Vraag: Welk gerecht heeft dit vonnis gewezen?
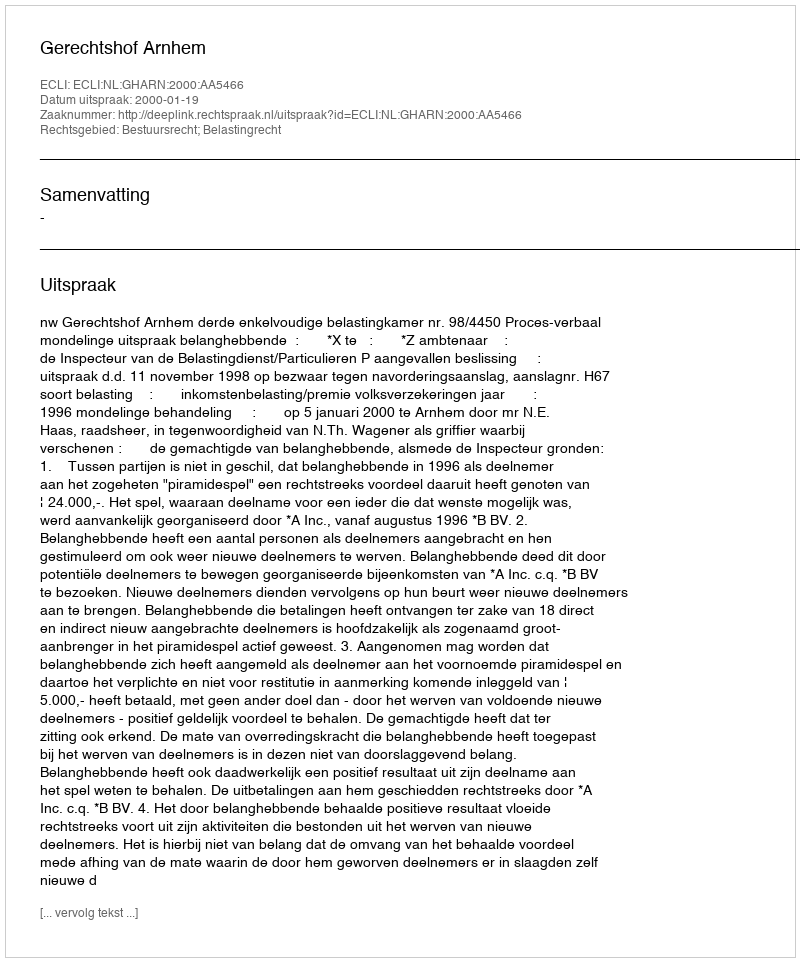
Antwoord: Gerechtshof Arnhem